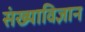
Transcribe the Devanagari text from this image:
संख्याविज्ञान